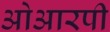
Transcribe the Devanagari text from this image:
ओआरपी